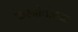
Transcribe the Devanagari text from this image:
क्रस्नोवोदक